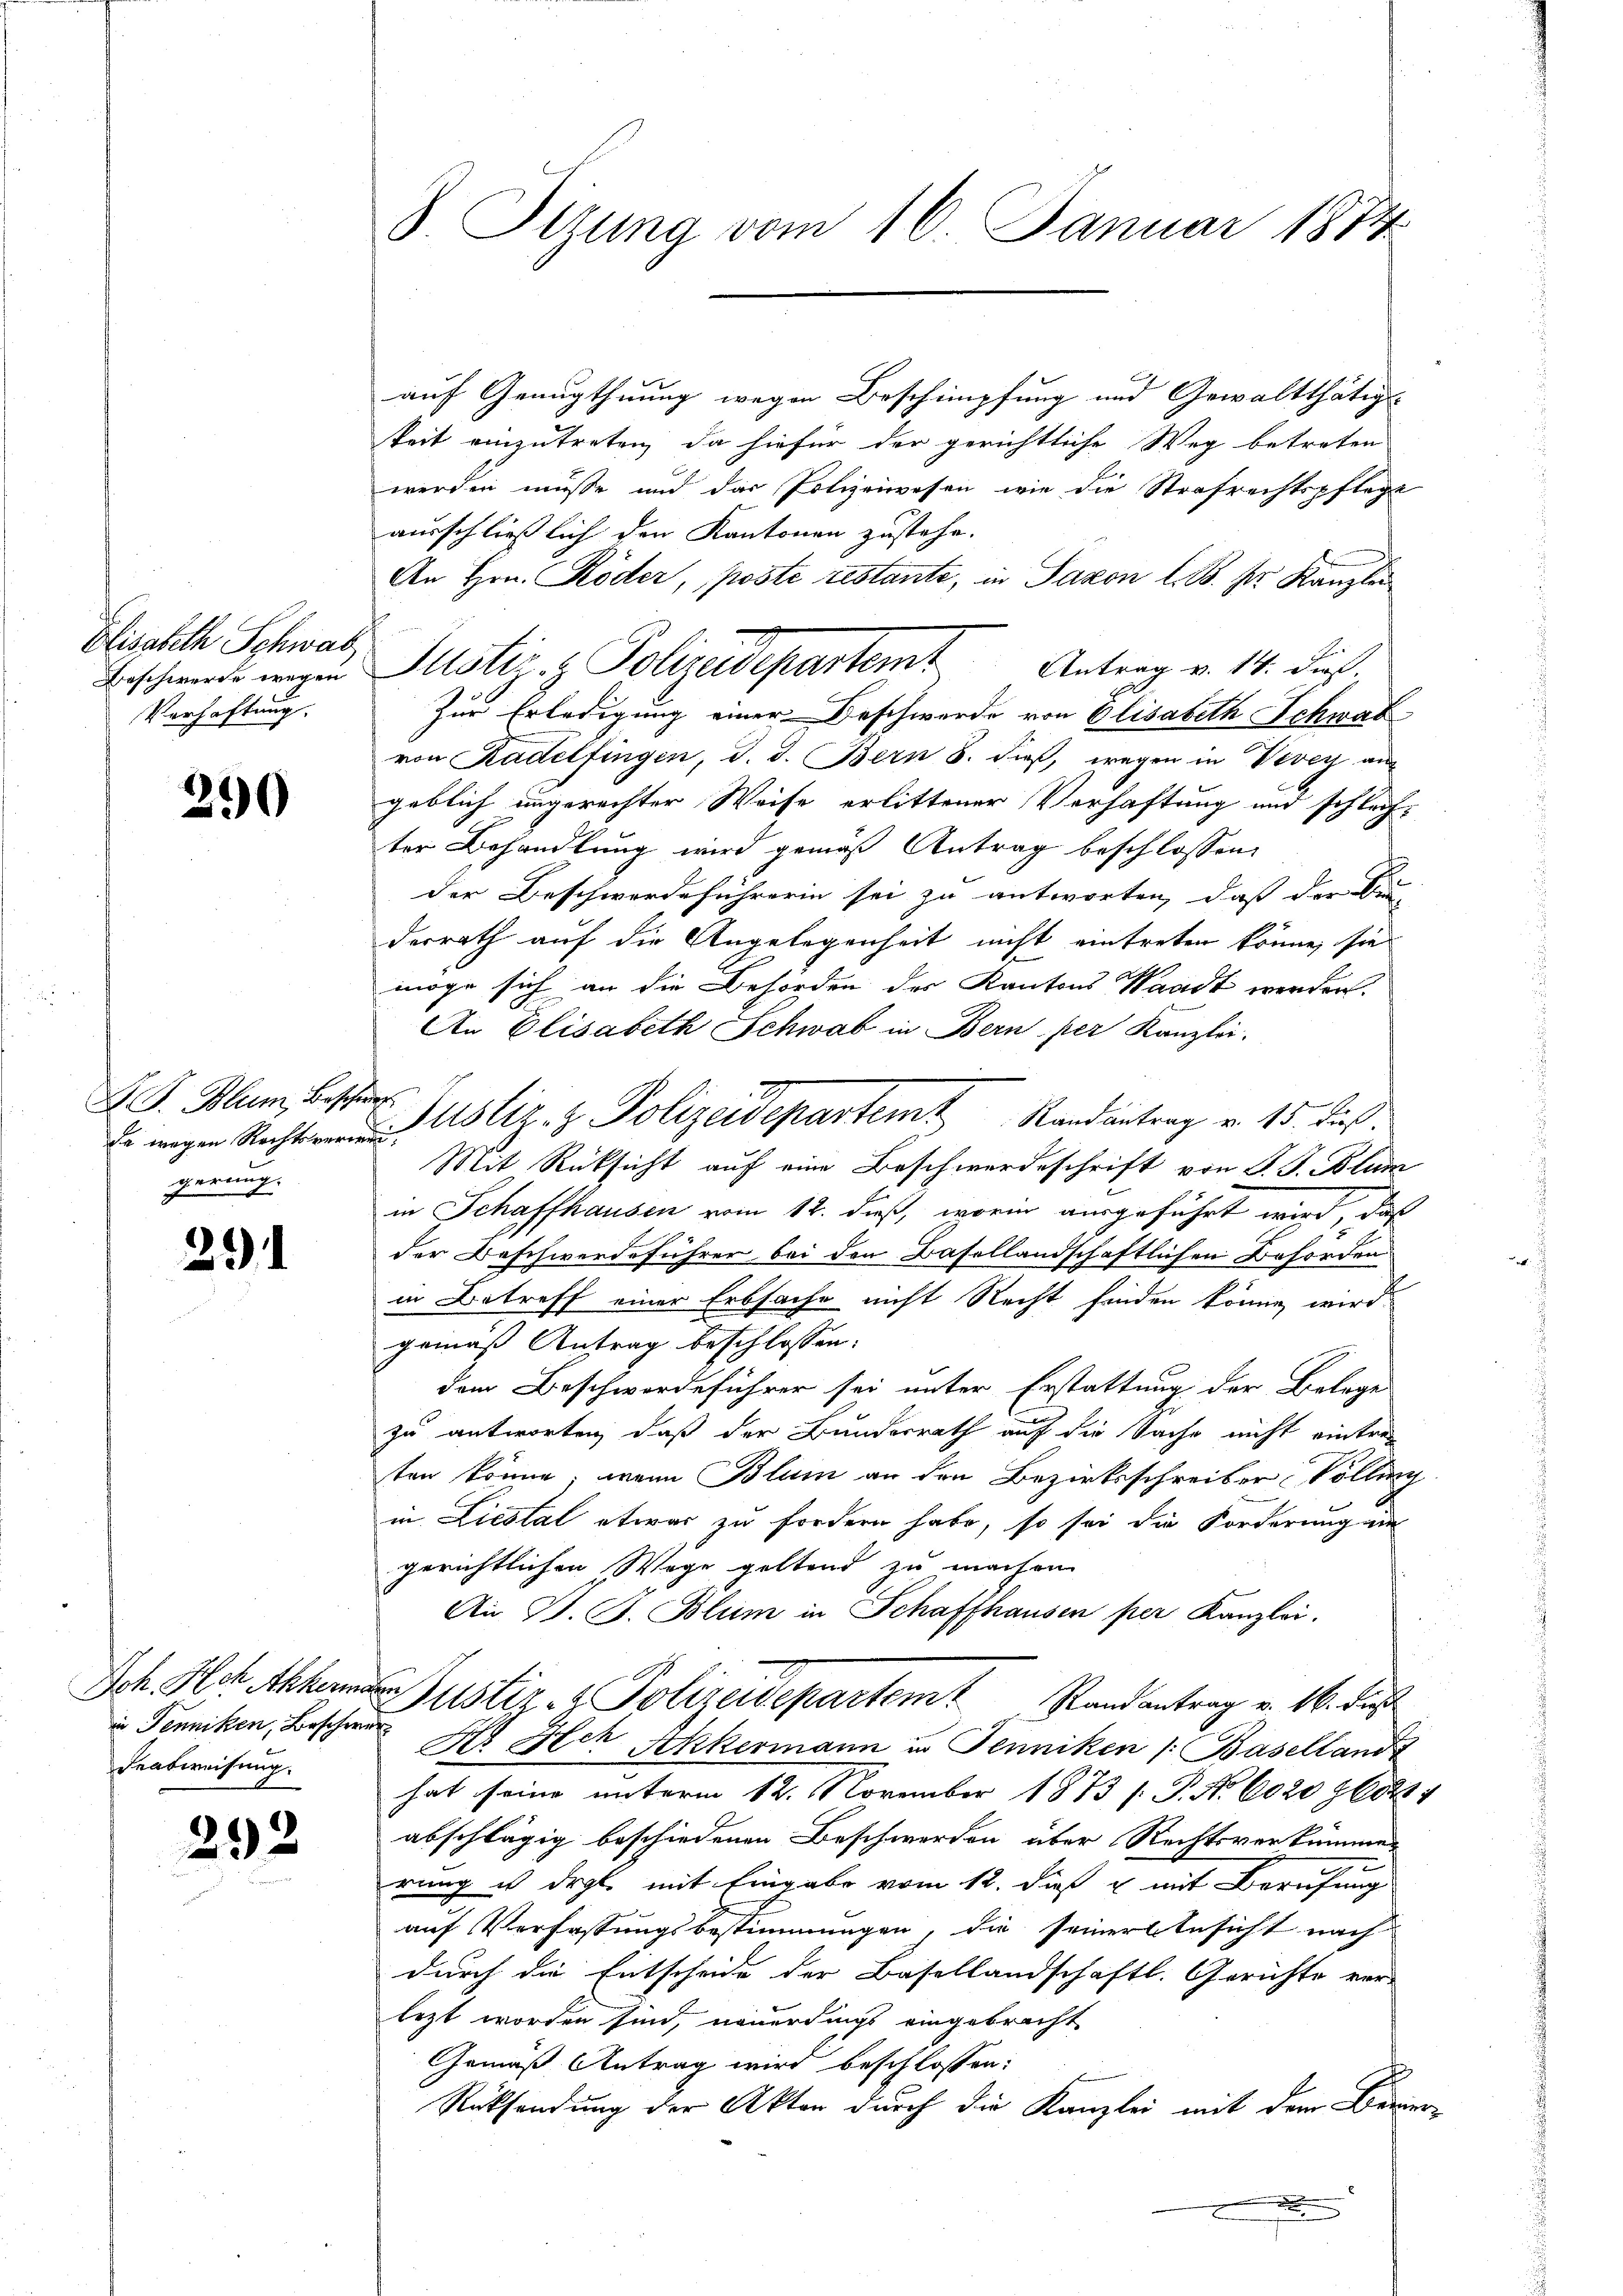
Elisabeth Schwab,
Beschwerde wegen
Verhaftung.

290

Z. G. Blum, Bescherung
gerung.

291

in Jenniken, Beschwer
Featweisung.

292

8 Itzung vom 16. Januar 1874

auf Genugthuung wegen Beschimpfung und Gewaltthätig
keit einzutreten, da hiefür der gerichtliche Weg betreten
werden müsse und das Polizeiwesen wie die Strafrechtspflege
ausschließlich den Kantonen zustehe.
An Hrn. Röder, poste restante, in Saxon l. B. pr. Kanzlei
Justiz - Polizeidepartemt Antrag v. 14. dieß.
Zur Erledigung einer Beschwerde von Elisabeth Schwar
von Radelfingen, d. d. Bern 8. dieß, wegen in Vevey aus
geblich ungerechter Weise erlittener Verhaftung und schlech-
ter Behandlung wird gemäß Antrag beschlossen:
der Beschwerdeführerin sei zu antworten, daß der An-
derrath auf die Angelegenheit nicht eintreten könne, sie
möge sich an die Behörden des Kantons Waadt werden.
An Elisabeth Schwab in Bern per Kanzlei.
 wagen Rechte Astiz- & Polizeidepartem Randantrag v. 15. dieß:
Mit Rücksicht auf eine Beschwerdeschrift von P. G. Blum
in Schaffhausen vom 12. dieß, worin ausgeführt wird, daß
der Beschwerdeführer bei den Basellandschaftlichen Behörden
in Betreff einer Erbsache nicht Recht finden könne, wird
gemäß Antrag beschlossen:
dem Beschwerdeführer sei unter Erstattung der Belege
zu antworten, daß der Bundesrath auf die Sache nicht eintre
ten könne, wenn Blum an den Bezirksschreiber Volling
in Liestal etwas zu fordern habe, so sei die Forderung au
gerichtlichen Wege geltend zu machen
An B. G. Blum in Schaffhausen per Kanzlei.
Sch. Hch. Aber Justiz & Polizeidepartem Randantrag v. 16. das
N Ach Akkermann u. Penniken (Baselland
hat seine unterm 12. November 1873 s. P. No. 6020 kost
abschlägig beschiedenen Beschwerden über Rechtsverkümmer
rung ist drgl. mit Eingabe vom 12. dieß u mit Berufung
auf Verfassungsbestimmungen, die seiner Ansicht nach
durch die Entscheide der Basellandschaftl. Gerichte ver-
lezt worden sind, neuerdings eingebracht
Gemäß Antrag wird beschlossen:
Rücksendung der Akten durch die Kanzlei mit dem Berner-